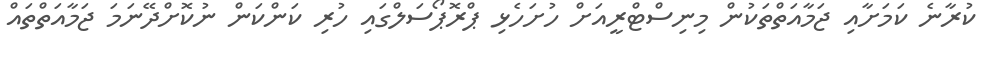
ކުރާނެ ކަމަށާއި ޖަމާއަތްތަކުން މިނިސްޓްރީއަށް ހުށަހެޅި ޕްރޮޕޯސަލްގައި ހުރި ކަންކަން ނުކޮށްދޭނަމަ ޖަމާއަތްތައް